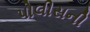
પોલીસની